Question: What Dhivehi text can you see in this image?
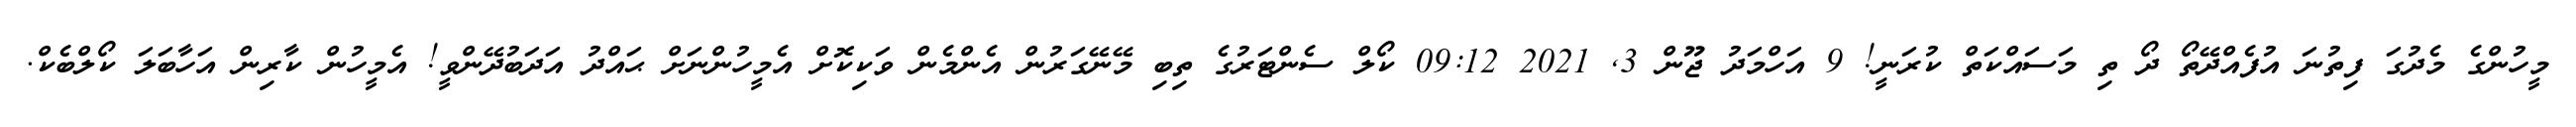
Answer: މީހުންގެ މެދުގަ ފިތުނަ އުފެއްދޭތޯ ދޯ ތި މަސައްކަތް ކުރަނީ! 9 އަހްމަދު ޖޫން 3, 2021 09:12 ކޯލް ސެންޓަރުގެ ތިބި މޭނޭގަރުން އެންމެން ވަކިކޮށް އެމީހުންނަށް ޙައްދު އަދަބުދޭންވީ! އެމީހުން ކާރިން އަހާބަލަ ކޯލްބެކް.